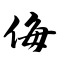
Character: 侮